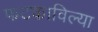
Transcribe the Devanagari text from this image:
फटकाविल्या